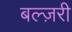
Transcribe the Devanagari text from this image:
बल्ज़री